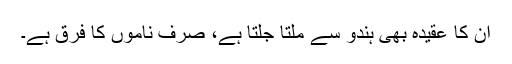
ان کا عقیدہ بھی ہندو سے ملتا جلتا ہے، صرف ناموں کا فرق ہے۔